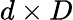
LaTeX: d\times D